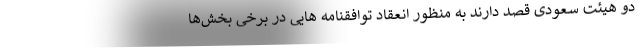
دو هیئت سعودی قصد دارند به منظور انعقاد توافقنامه هایی در برخی بخش‌ها